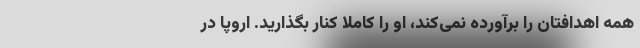
همه اهدافتان را برآورده نمی‌کند، او را کاملا کنار بگذارید. اروپا در